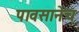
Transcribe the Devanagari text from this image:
पावसानेच